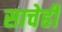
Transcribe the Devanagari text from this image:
साचेही